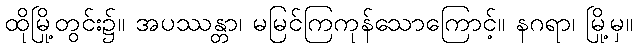
ထိုမြို့တွင်း၌။ အပဿန္တာ၊ မမြင်ကြကုန်သောကြောင့်။ နဂရာ၊ မြို့မှ။